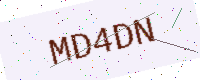
Text: MD4DN